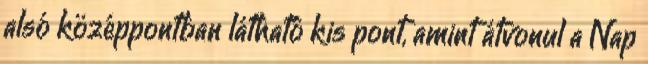
alsó középpontban látható kis pont, amint átvonul a Nap